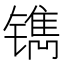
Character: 𰾹